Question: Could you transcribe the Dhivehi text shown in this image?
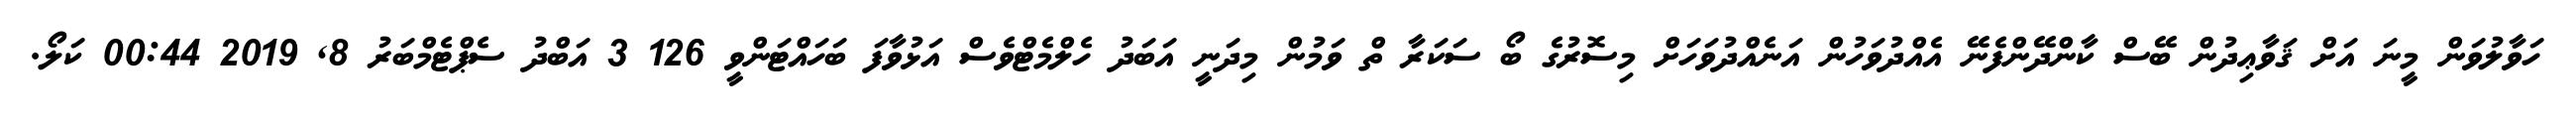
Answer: ހަވާލުވަން މީނަ އަށް ޤަވާޢިދުން ބޭސް ކާންދޭންފެނޭ އެއްދުވަހުން އަނެއްދުވަހަށް މިސޮރުގެ ބޯ ސަކަރާ ތް ވަމުން މިދަނީ އަބަދު ހެލްމެޓްވެސް އަޅުވާފަ ބަހައްޓަންވީ 126 3 އަބްދު ސެޕްޓެމްބަރު 8, 2019 00:44 ކަލޯ.